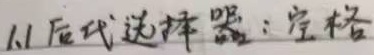
1.1 后代选择器：空格